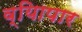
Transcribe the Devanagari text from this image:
व्यािपार